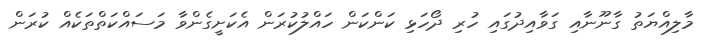
މާލިއްޔަތު ގާނޫނާއި ގަވާއިދުގައި ހުރި ދޯހަޅި ކަންކަން ހައްލުކުރަން އެކަށީގެންވާ މަސައްކަތްތަކެއް ކުރަން